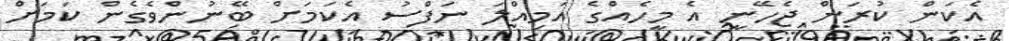
އެކަން ކުރަން ޖެހޭނީ އެ މީހެއްގެ އަމިއްލަ ނަފްސު އެކަމަށް ބޭނުންވެގެން ކަމަށް